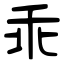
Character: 乖